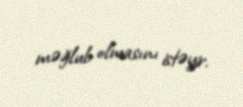
məğlub olmasını istəyir.